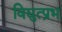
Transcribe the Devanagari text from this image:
विद्युत्प्रभ